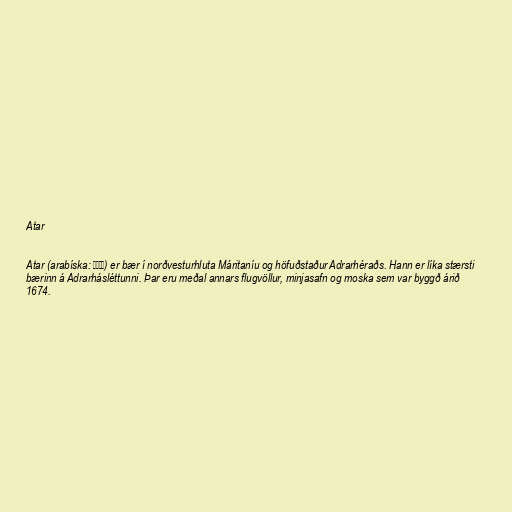
Atar

Atar (arabíska: أطار) er bær í norðvesturhluta Máritaníu og höfuðstaður Adrarhéraðs. Hann er líka stærsti
bærinn á Adrarhásléttunni. Þar eru meðal annars flugvöllur, minjasafn og moska sem var byggð árið
1674.